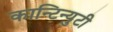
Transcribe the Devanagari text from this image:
कान्टिन्युटी